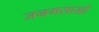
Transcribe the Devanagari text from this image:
जनमसाखी